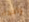
واحدة